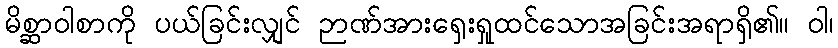
မိစ္ဆာဝါစာကို ပယ်ခြင်းလျှင် ဉာဏ်အားရှေးရှုထင်သောအခြင်းအရာရှိ၏။ ဝါ၊